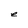
Character: e